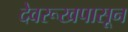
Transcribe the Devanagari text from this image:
देवरूखपासून